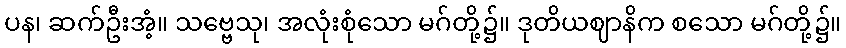
ပန၊ ဆက်ဦးအံ့။ သဗ္ဗေသု၊ အလုံးစုံသော မဂ်တို့၌။ ဒုတိယဈာနိက စသော မဂ်တို့၌။